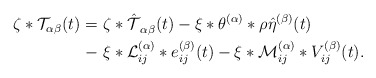
\begin{align*}\begin{aligned}\zeta*\mathcal{T}_{\alpha\beta}(t)=\ & \mathcal{\zeta*\hat{T}}_{\alpha\beta}(t)-\xi*\theta^{(\alpha)}*\rho\hat{\eta}^{(\beta)}(t)\\-\ & \xi*\mathcal{L}_{ij}^{(\alpha)}*e_{ij}^{(\beta)}(t)-\xi*\mathcal{M}_{ij}^{(\alpha)}*V_{ij}^{(\beta)}(t).\end{aligned}\end{align*}